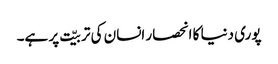
پوری دنیا کا انحصار انسان کی تربیّت پر ہے۔